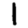
Digit: 1